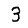
Digit: 3